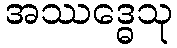
အဿဒ္ဓေသု